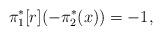
LaTeX: \begin{align*}\pi_1^*[r] (-\pi_2^*(x))=-1,\end{align*}